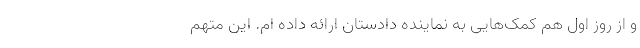
و از روز اول هم کمک‌هایی به نماینده دادستان ارائه داده ام. این متهم